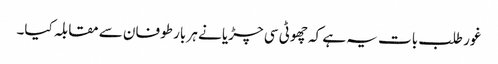
غور طلب بات یہ ہے کہ چھوٹی سی چڑیا نے ہر بار طوفان سے مقابلہ کیا۔